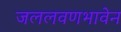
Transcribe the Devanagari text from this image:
जललवणभावेन